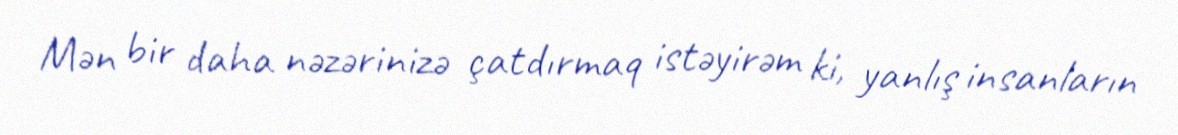
Mən bir daha nəzərinizə çatdırmaq istəyirəm ki, yanlış insanların